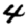
Digit: 4